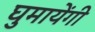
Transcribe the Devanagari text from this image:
घुमायेंगी